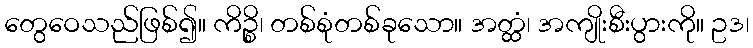
တွေဝေသည်ဖြစ်၍။ ကိဉ္စိ၊ တစ်စုံတစ်ခုသော။ အတ္ထံ၊ အကျိုးစီးပွားကို။ ဥဒ၊